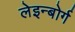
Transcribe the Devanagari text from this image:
लेइन्बोर्ग